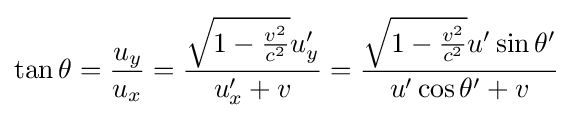
\tan \theta ={\frac {u_{y}}{u_{x}}}={\frac {{\sqrt {1-{\frac {v^{2}}{c^{2}}}}}u_{y}'}{u_{x}'+v}}={\frac {{\sqrt {1-{\frac {v^{2}}{c^{2}}}}}u'\sin \theta '}{u'\cos \theta '+v}}